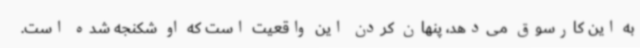
به این کارسوق می‌دهد، پنهان کردن این واقعیت است که او شکنجه شده است.